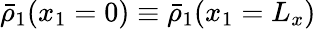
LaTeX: \bar{\rho}_{1}(x_{1}=0)\equiv\bar{\rho}_{1}(x_{1}=L_{x})